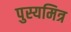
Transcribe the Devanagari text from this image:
पुस्यमित्र